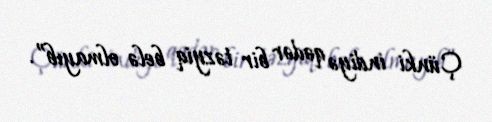
Çünki indiyə qədər bir təzyiq belə olmayıb”.